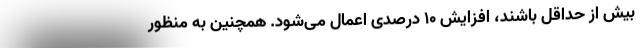
بیش از حداقل باشند، افزایش ۱۰ درصدی اعمال می‌شود. همچنین به منظور